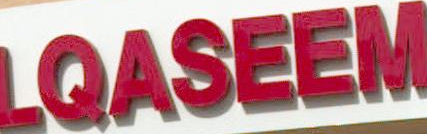
LQASEEM